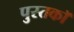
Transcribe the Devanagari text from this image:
पुस्तकॉ